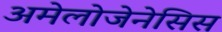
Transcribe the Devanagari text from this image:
अमेलोजेनेसिस